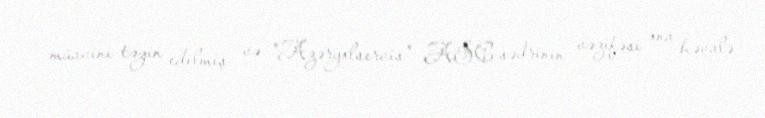
müavini təyin edilmiş və "Azəryolservis" ASC sədrinin vəzifəsi ona həvalə